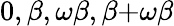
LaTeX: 0,\beta,\omega\beta,\beta{+}\omega\beta